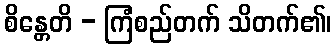
စိန္တေတိ - ကြံစည်တက် သိတက်၏၊